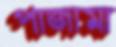
পাজামা